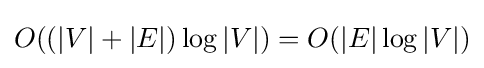
O((|V|+|E|)\log |V|)=O(|E|\log |V|)